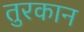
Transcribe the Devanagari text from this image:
तुरकान